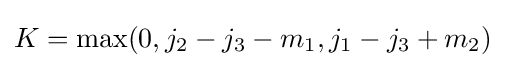
K=\max(0,j_{2}-j_{3}-m_{1},j_{1}-j_{3}+m_{2})